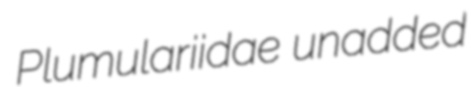
Plumulariidae unadded